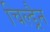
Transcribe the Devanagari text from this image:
चिल्ड्रैन